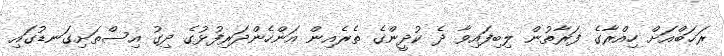
ރަޚަބްއަށް ހިއްރާގެ ފަރާތުން ލިބިފައިވާ ދެ ކުދީންގެ ތެރެއިން އަންހެންދަރިފުޅުގެ ދިގު އިސްތަށިގަނޑުގައި